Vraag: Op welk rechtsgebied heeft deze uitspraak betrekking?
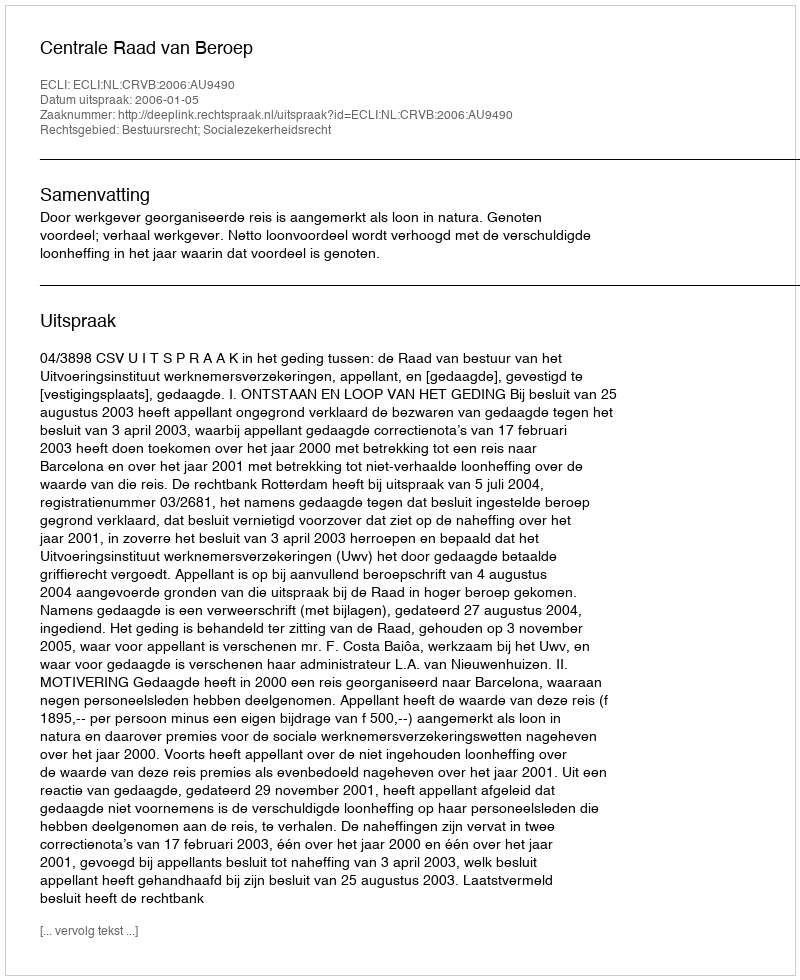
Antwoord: Bestuursrecht; Socialezekerheidsrecht